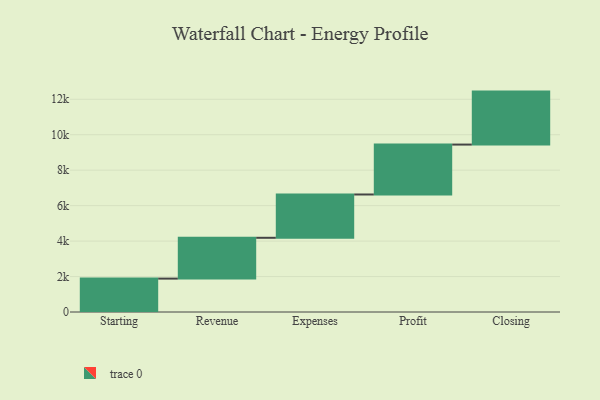
{"axis": {"x": "Step", "y": "Value"}, "legend": [""], "data": [{"x": "Starting", "y": 1884.0, "type": ""}, {"x": "Revenue", "y": 2302.0, "type": ""}, {"x": "Expenses", "y": 2443.0, "type": ""}, {"x": "Profit", "y": 2816.0, "type": ""}, {"x": "Closing", "y": 2988.0, "type": ""}]}